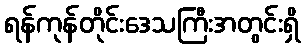
ရန်ကုန်တိုင်းဒေသကြီးအတွင်းရှိ